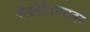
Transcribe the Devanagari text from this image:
जैववैविध्यावर